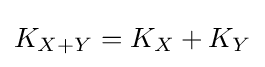
{\textstyle K_{X+Y}=K_{X}+K_{Y}}